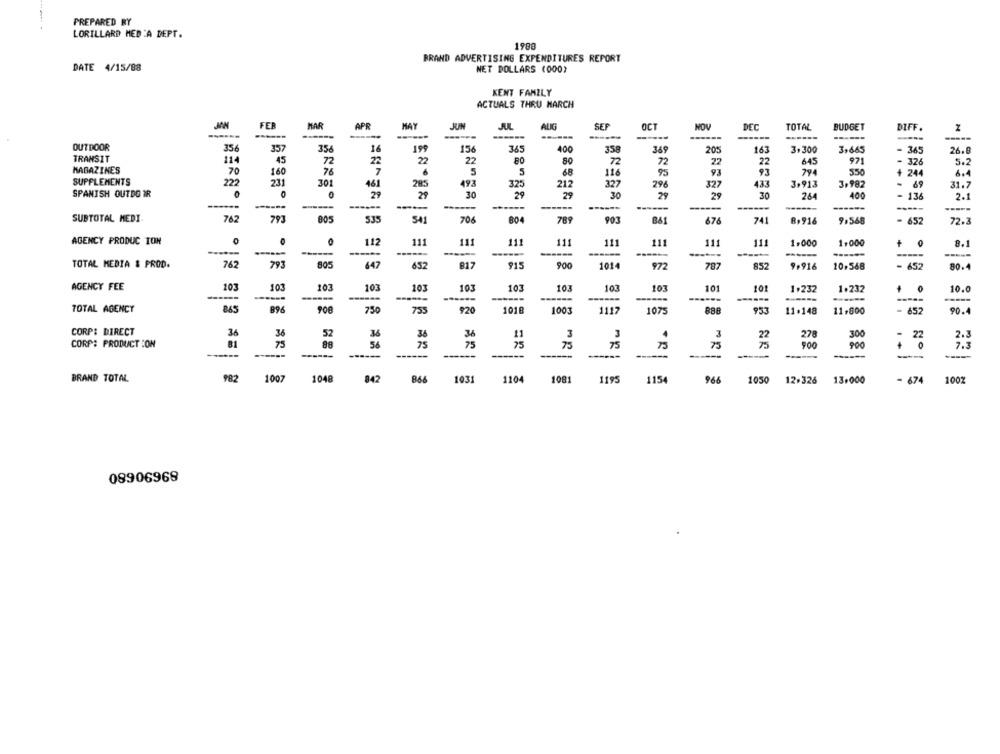
PREPARED RY
LORILLARD MED A DEPT.
1980
BRAND ADVERTISING EXPENDITURES REPORT
DATE 4/15/88
NET DOLLARS (000)
KENT FAMILY
ACTUALS THRU MARCH
JAN
FER
HAR
APR
MAY
JUIN
AUG
SEF
OCT
HOV
DEC
TOTAL
BUDGET
DIFF.
------
---
------
OUTDOOR
35
356
16
19
156
365
400
358
349
205
16:
3,300
3,665
345
26.8
TRANSIT
114
45
22
22
80
22
971
.
72
80
72
72
22
645
326
5.2
MAGAZINES
70
160
76
7
5
5
68
116
95
93
93
794
550
244
6,4
SUPPLEMENTS
222
231
301
461
193
327
285
325
212
296
327
433
3,913
3+982
69
31.7
SPANISH OUTDO IR
2
29
30
29
29
30
29
29
30
264
400
136
2.1
------
------
------
-----
----
SUBTOTAL MEDI-
76
793
805
706
804
789
903
676
741
9.568
541
B&1
B+916
= 652
72.3
AGENCY PRODUC TON
0
112
111
111
11
111
11
111
111
1.000
111
1.000
+
8.1
-----
-----
------
-----
TOTAL MEDIA & PROD.
762
793
805
647
817
915
900
1014
787
9.916
652
972
852
10,568
- 652
80.4
AGENCY FEE
103
103
103
103
103
103
103
103
103
103
10
101
1.232
1.232
+
10.0
------
------
-
---
TOTAL AGENCY
896
90€
750
755
920
1018
1003
1117
888
953
11 .148
1075
11.800
652
90.4
CORP: DIRECT
34
36
52
36
36
11
3
3
22
278
300
22
2.3
CORP: PRODUCT :ON
81
75
88
56
75
75
75
75
75
·10
75
75
900
900
------
------
------
-----
-----
-----
------
-----
BRAND TOTAL
1007
1048
842
982
1031
1104
1081
1195
1154
966
1050
12.326
13.000
- 674
100%
08906968